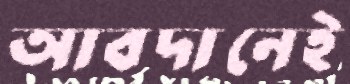
আবদানেই